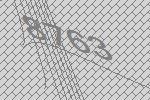
8763